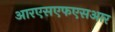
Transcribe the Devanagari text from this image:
आरएसएफएसआर